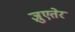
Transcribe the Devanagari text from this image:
ज़ुएतेर